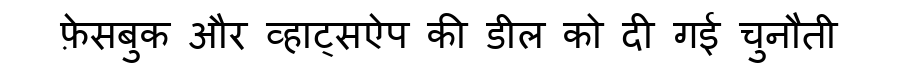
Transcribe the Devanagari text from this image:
फ़ेसबुक और व्हाट्सऐप की डील को दी गई चुनौती